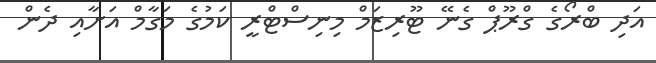
އަދި ބްރޯގެ ގްރޫޕް ގެނޭ ޓޫރިޒަމް މިނިސްޓްރީ ކަމުގެ މަގާމް އަށާއި ދެން